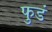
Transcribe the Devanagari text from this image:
फुडं